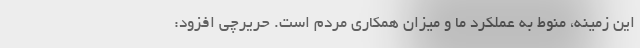
این زمینه، منوط به عملکرد ما و میزان همکاری مردم است. حریرچی افزود: